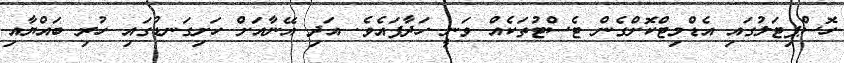
ހޮސްޕިޓަލުގައި އެޑްމިޓްކޮށްގެން ޓެސްޓުތަކެެއް ވަނީ ހަދާފައެވެ. އަދި އޭނާއަށް ހަށިގަނޑުގައި ހުރި ބައްޔާއި